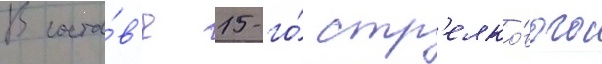
В соста́в'е 15-го́ стр'елко́вого